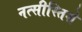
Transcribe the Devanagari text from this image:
नत्सीस्तिशे